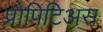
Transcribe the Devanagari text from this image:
प्रोपिटिअस